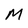
Character: M